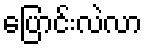
ပြောင်းလဲလာ